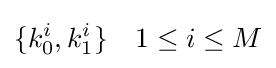
\{k_{0}^{i},k_{1}^{i}\}\quad 1\leq i\leq M